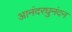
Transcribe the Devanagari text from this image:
आनंदरघुनंदन